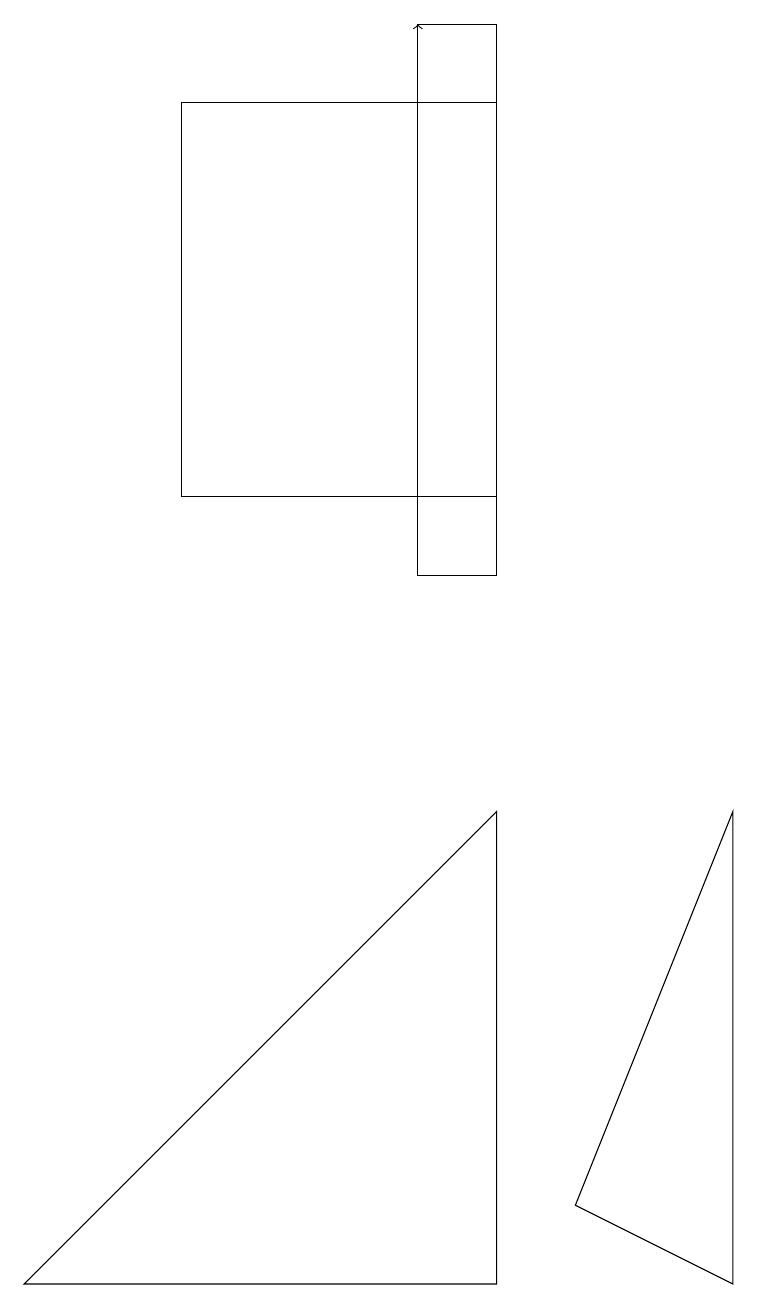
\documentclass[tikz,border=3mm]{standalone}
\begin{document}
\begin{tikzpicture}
\draw (6,10) rectangle (5,17);
\draw (9,7) -- (7,2) -- (9,1) -- cycle;
\draw (2,11) rectangle (6,16);
\draw[->] (5,15) -- (5,17);
\draw (6,7) -- (0,1) -- (6,1) -- cycle;
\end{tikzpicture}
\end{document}